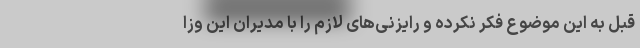
قبل به این موضوع فکر نکرده و رایزنی‌های لازم را با مدیران این وزا